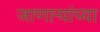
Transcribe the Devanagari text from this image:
जाणार्‍यांच्या